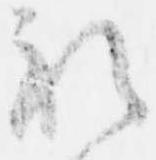
礼